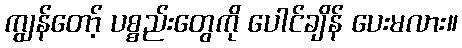
ကျွန်တော့် ပစ္စည်းတွေကို ပေါင်ချိန် ပေးမလား။